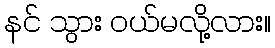
နင် သွား ဝယ်မလို့လား။